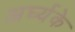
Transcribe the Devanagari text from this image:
अर्घ्यके